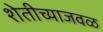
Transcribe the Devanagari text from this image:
शेतीच्याजवळ